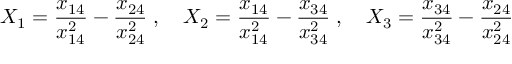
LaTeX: X _ { 1 } = { \frac { x _ { 1 4 } } { x _ { 1 4 } ^ { 2 } } } - { \frac { x _ { 2 4 } } { x _ { 2 4 } ^ { 2 } } } \; , \quad X _ { 2 } = { \frac { x _ { 1 4 } } { x _ { 1 4 } ^ { 2 } } } - { \frac { x _ { 3 4 } } { x _ { 3 4 } ^ { 2 } } } \; , \quad X _ { 3 } = { \frac { x _ { 3 4 } } { x _ { 3 4 } ^ { 2 } } } - { \frac { x _ { 2 4 } } { x _ { 2 4 } ^ { 2 } } }